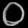
Digit: ၀